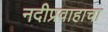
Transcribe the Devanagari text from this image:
नदीप्रवाहाचा